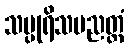
သပ္ပုရိသပညတ္တံ